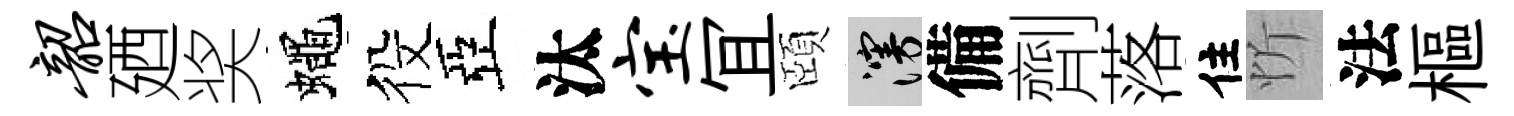
韶廼奖蠅役亞汰宝冝頤漫備劑落住忻法樞